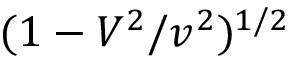
( 1 - V ^ { 2 } / v ^ { 2 } ) ^ { 1 / 2 }